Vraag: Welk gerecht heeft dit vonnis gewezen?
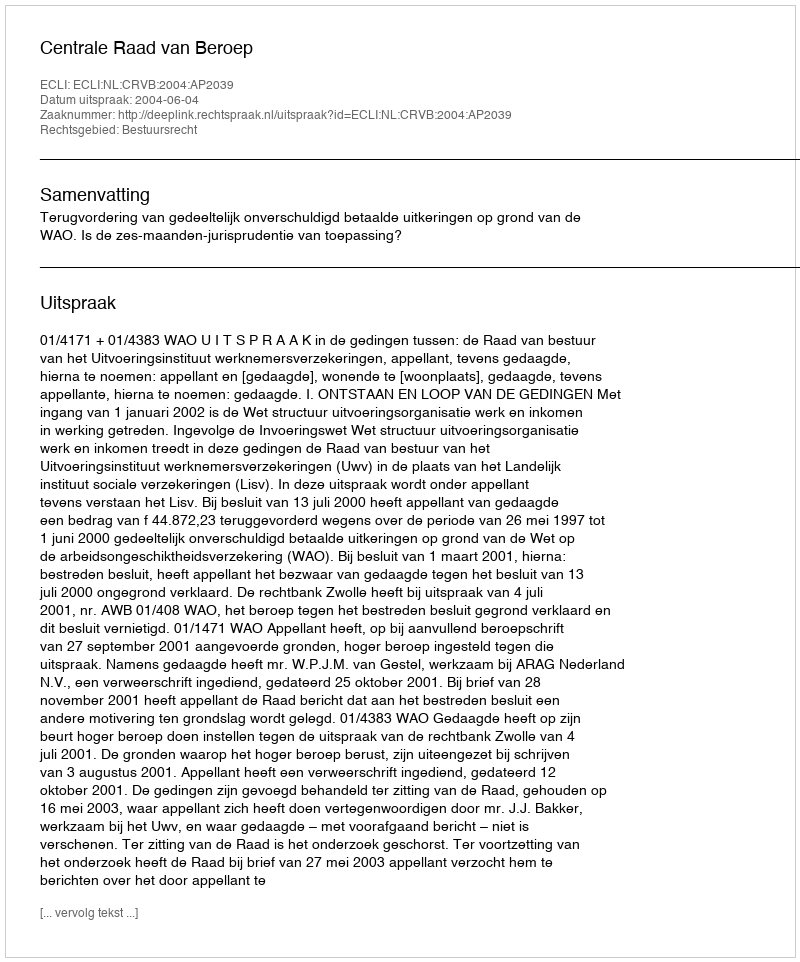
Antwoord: Centrale Raad van Beroep